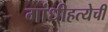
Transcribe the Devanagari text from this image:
गांधीहत्येची